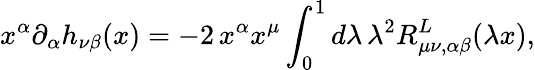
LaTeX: x^{\alpha}\partial_{\alpha}h_{\nu\beta}(x)=-2\, x^{\alpha}x^{\mu}\int_{0}^{1}d\lambda\, \lambda^{2}R_{\mu\nu,\alpha\beta}^{L}(\lambda x),